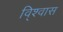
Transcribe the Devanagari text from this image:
वि्श्वास